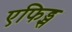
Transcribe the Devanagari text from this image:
एफिड्स